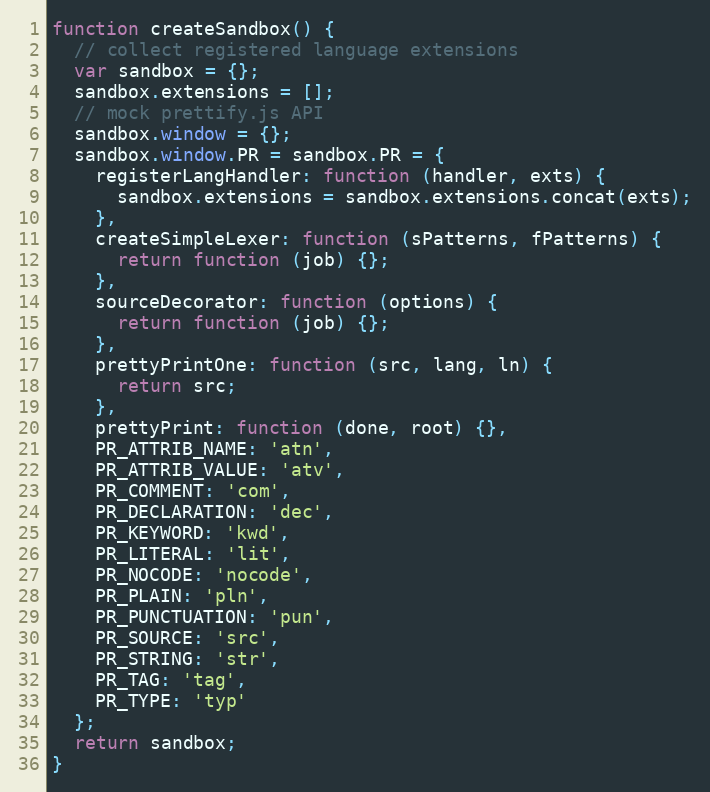
Language: JavaScript
function createSandbox() {
  // collect registered language extensions
  var sandbox = {};
  sandbox.extensions = [];
  // mock prettify.js API
  sandbox.window = {};
  sandbox.window.PR = sandbox.PR = {
    registerLangHandler: function (handler, exts) {
      sandbox.extensions = sandbox.extensions.concat(exts);
    },
    createSimpleLexer: function (sPatterns, fPatterns) {
      return function (job) {};
    },
    sourceDecorator: function (options) {
      return function (job) {};
    },
    prettyPrintOne: function (src, lang, ln) {
      return src;
    },
    prettyPrint: function (done, root) {},
    PR_ATTRIB_NAME: 'atn',
    PR_ATTRIB_VALUE: 'atv',
    PR_COMMENT: 'com',
    PR_DECLARATION: 'dec',
    PR_KEYWORD: 'kwd',
    PR_LITERAL: 'lit',
    PR_NOCODE: 'nocode',
    PR_PLAIN: 'pln',
    PR_PUNCTUATION: 'pun',
    PR_SOURCE: 'src',
    PR_STRING: 'str',
    PR_TAG: 'tag',
    PR_TYPE: 'typ'
  };
  return sandbox;
}